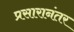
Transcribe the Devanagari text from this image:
प्रसारानंतर